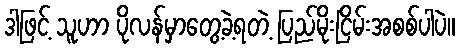
ဒါဖြင့် သူဟာ ပိုလန်မှာတွေ့ခဲ့ရတဲ့ ပြည်မိုးငြိမ်းအစစ်ပါပဲ။